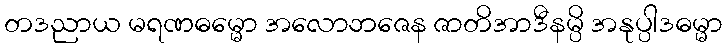
တဒညာယ မရဏဓမ္မော အလောဘဇေန ဇာတိအာဒီနမ္ပိ အနုပ္ပါဒဓမ္မာ